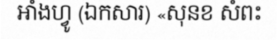
អាំងហ្វូ (ឯកសារ) «សុនខ សំពះ